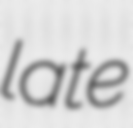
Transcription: late